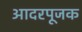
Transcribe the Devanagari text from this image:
आदरपूजक